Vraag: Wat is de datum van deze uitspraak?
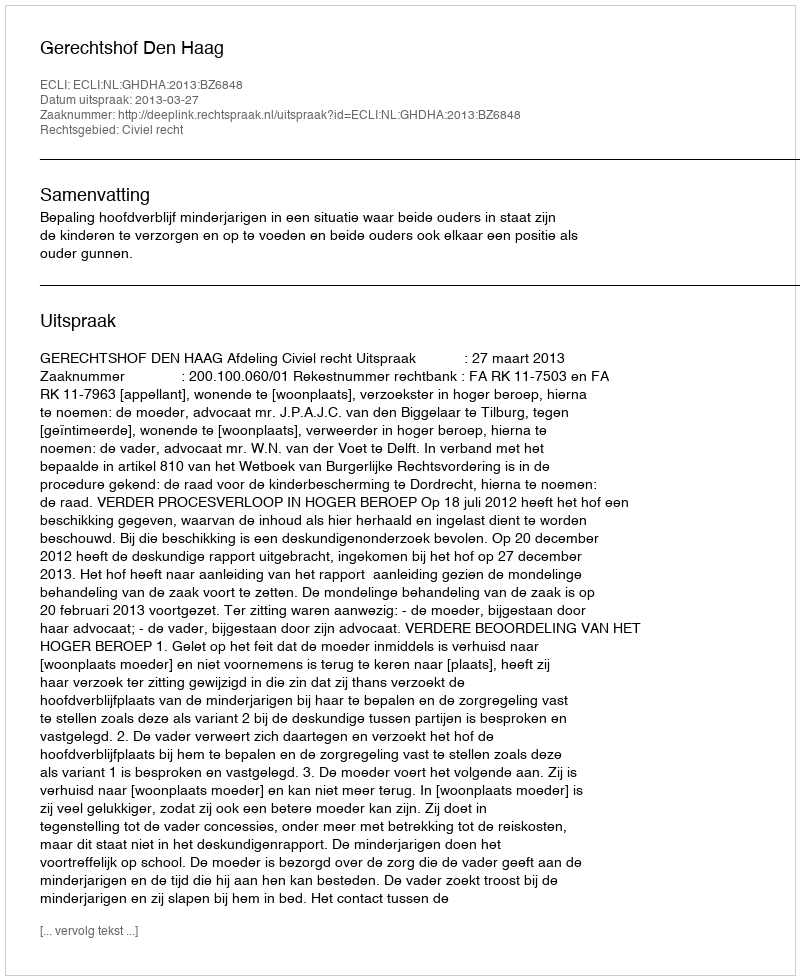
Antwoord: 2013-03-27